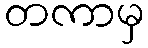
တကာမှ